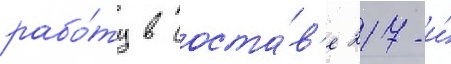
рабо́ту в соста́в'е 217-и́